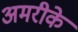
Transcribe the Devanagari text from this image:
अमरीके